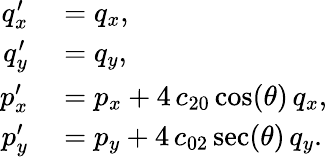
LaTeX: \begin{array}{rl}{q_{x}^{\prime}}&{{}=q_{x},}\\ {q_{y}^{\prime}}&{{}=q_{y},}\\ {p_{x}^{\prime}}&{{}=p_{x}+4\, c_{20}\cos(\theta)\, q_{x},}\\ {p_{y}^{\prime}}&{{}=p_{y}+4\, c_{02}\sec(\theta)\, q_{y}.}\end{array}